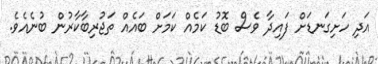
އަދި ހަށިގަނޑަށް ފައިދާ ވެސް ބޮޑު ކަމެއް ކަމަށް ބައެއް ތަޖުރިބާކާރުން ބުނެއެވެ.